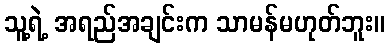
သူ့ရဲ့ အရည်အချင်းက သာမန်မဟုတ်ဘူး။